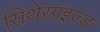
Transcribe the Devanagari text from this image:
सिथेसाइज्ड